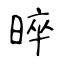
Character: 晬